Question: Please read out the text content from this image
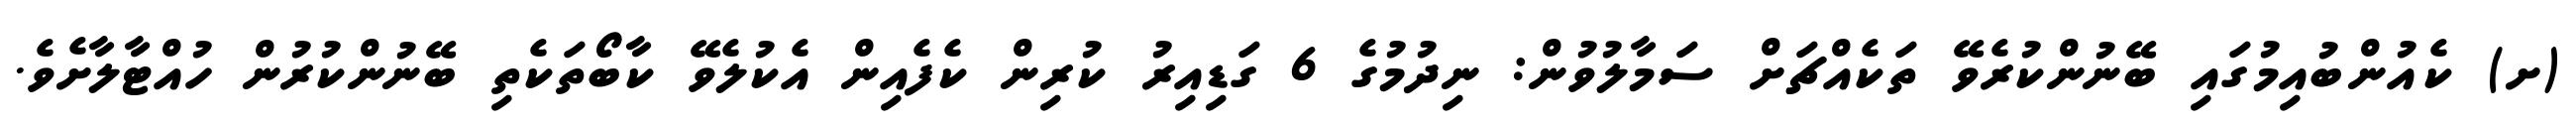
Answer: (ށ) ކެއުންބުއިމުގައި ބޭނުންކުރެވޭ ތަކެއްޗަށް ސަމާލުވުން: ނިދުމުގެ 6 ގަޑިއިރު ކުރިން ކެފެއިން އެކުލެވޭ ކާބޯތަކެތި ބޭނުންކުރުން ހުއްޓާލާށެވެ.